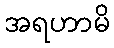
အရဟာမိ